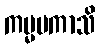
ကမ္မမကာသိ